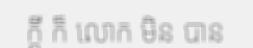
ក្តី ក៏ លោក មិន បាន